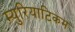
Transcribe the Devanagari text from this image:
म्युरियाटिकम